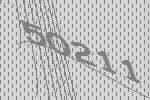
50211